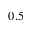
0 . 5